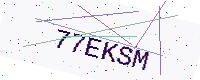
Text: 77EKSM